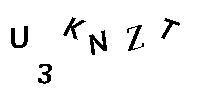
U3KNZT